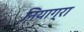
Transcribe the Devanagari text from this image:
नियाग्‍रा